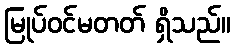
မြုပ်ဝင်မတတ် ရှိသည်။